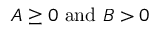
A \geq 0 { \mathrm { ~ a n d ~ } } B > 0